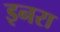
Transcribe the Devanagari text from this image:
इनरा